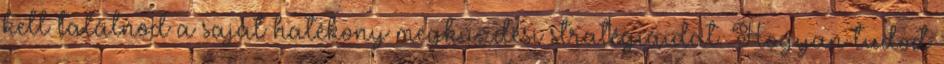
kell találnod a saját hatékony megküzdési stratégiáidat. Hogyan tudod